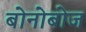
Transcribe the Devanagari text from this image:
बोनोबोज